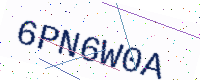
Text: 6PN6W0A